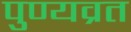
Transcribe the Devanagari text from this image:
पुण्यव्रत